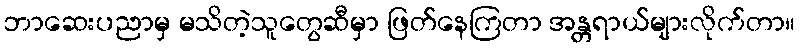
ဘာဆေးပညာမှ မသိတဲ့သူတွေဆီမှာ ဖြတ်နေကြတာ အန္တရာယ်များလိုက်တာ။